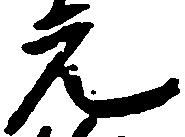
元